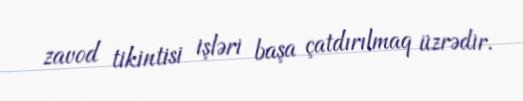
zavod tikintisi işləri başa çatdırılmaq üzrədir.